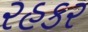
રહકર